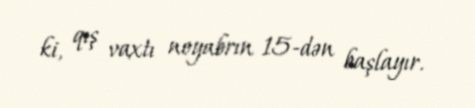
ki, qış vaxtı noyabrın 15-dən başlayır.